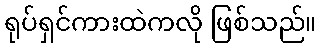
ရုပ်ရှင်ကားထဲကလို ဖြစ်သည်။